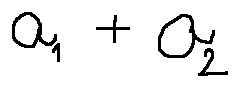
a _ { 1 } + a _ { 2 }